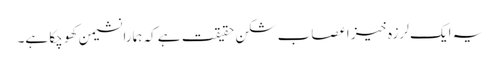
یہ ایک لرزہ خیز اعصاب شکن حقیقت ہے کہ ہمارا نشیمن کھو چکا ہے۔